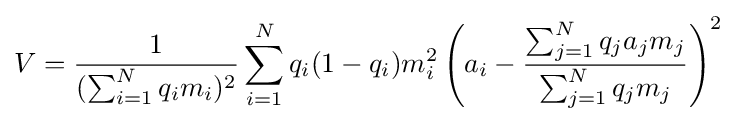
V={\frac {1}{(\sum _{i=1}^{N}q_{i}m_{i})^{2}}}\sum _{i=1}^{N}q_{i}(1-q_{i})m_{i}^{2}\left(a_{i}-{\frac {\sum _{j=1}^{N}q_{j}a_{j}m_{j}}{\sum _{j=1}^{N}q_{j}m_{j}}}\right)^{2}